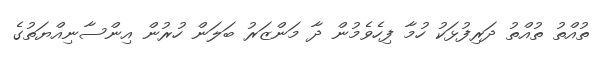
ތުއްތު ތުއްތު ދަރިފުޅަކު ހުމާ ފިހެވެމުން ދާ މަންޒަރު ބަލަން ހުރުން އިންސާނިއްޔަތުގެ